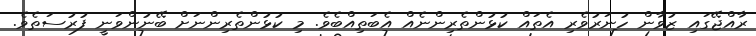
ރާއްޖޭގައި ޒުވާން ހުނަރުވެރި އެތައް ކުޅުންތެރިންނެއް އެބަތިއްބެވެ. މި ކުޅުންތެރިންނަށް ބޭނުންވަނީ ފުރުސަތެވެ.